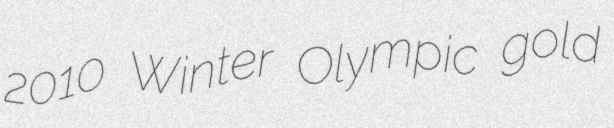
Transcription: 2010 Winter Olympic gold